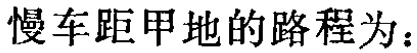
慢车距甲地的路程为：